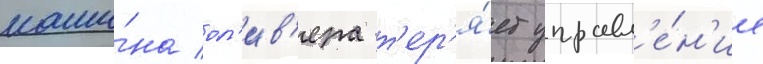
маши́на ол'ив'ера т'ер'я́ет управл'е́н'ие